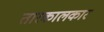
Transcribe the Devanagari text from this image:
तारकालकार